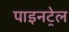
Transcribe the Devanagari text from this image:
पाइनट्रेल